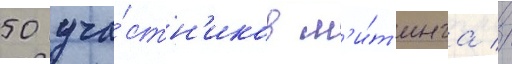
50 уча́стн'иков м'и́т'инга //